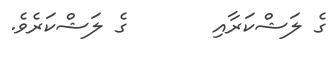
ގެ ލަޝްކަރާއި       ގެ ލަޝްކަރެވެ.